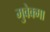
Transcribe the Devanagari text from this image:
मुवेक्मा